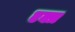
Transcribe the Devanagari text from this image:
एक्त्र